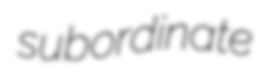
subordinate